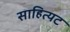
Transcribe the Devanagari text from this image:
साहित्यट